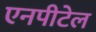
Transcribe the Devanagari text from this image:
एनपीटेल